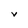
Character: v